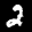
Label: 2